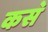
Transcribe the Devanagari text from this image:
कस॓